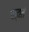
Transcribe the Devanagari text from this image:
स्वतं